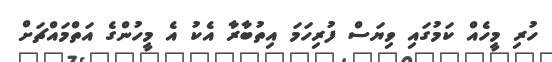
ހުރި މީހެއް ކަމުގައި ވިޔަސް ފުރިހަމަ އިތުބާރާ އެކު އެ މީހުންގެ އަތްމައްޗަށް